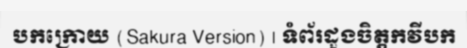
បកក្រោយ (Sakura Version) | ទំព័រដួងចិត្តកវីបក